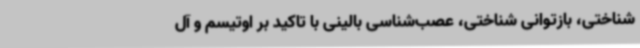
شناختی، بازتوانی شناختی، عصب‌شناسی بالینی با تاکید بر اوتیسم و آل